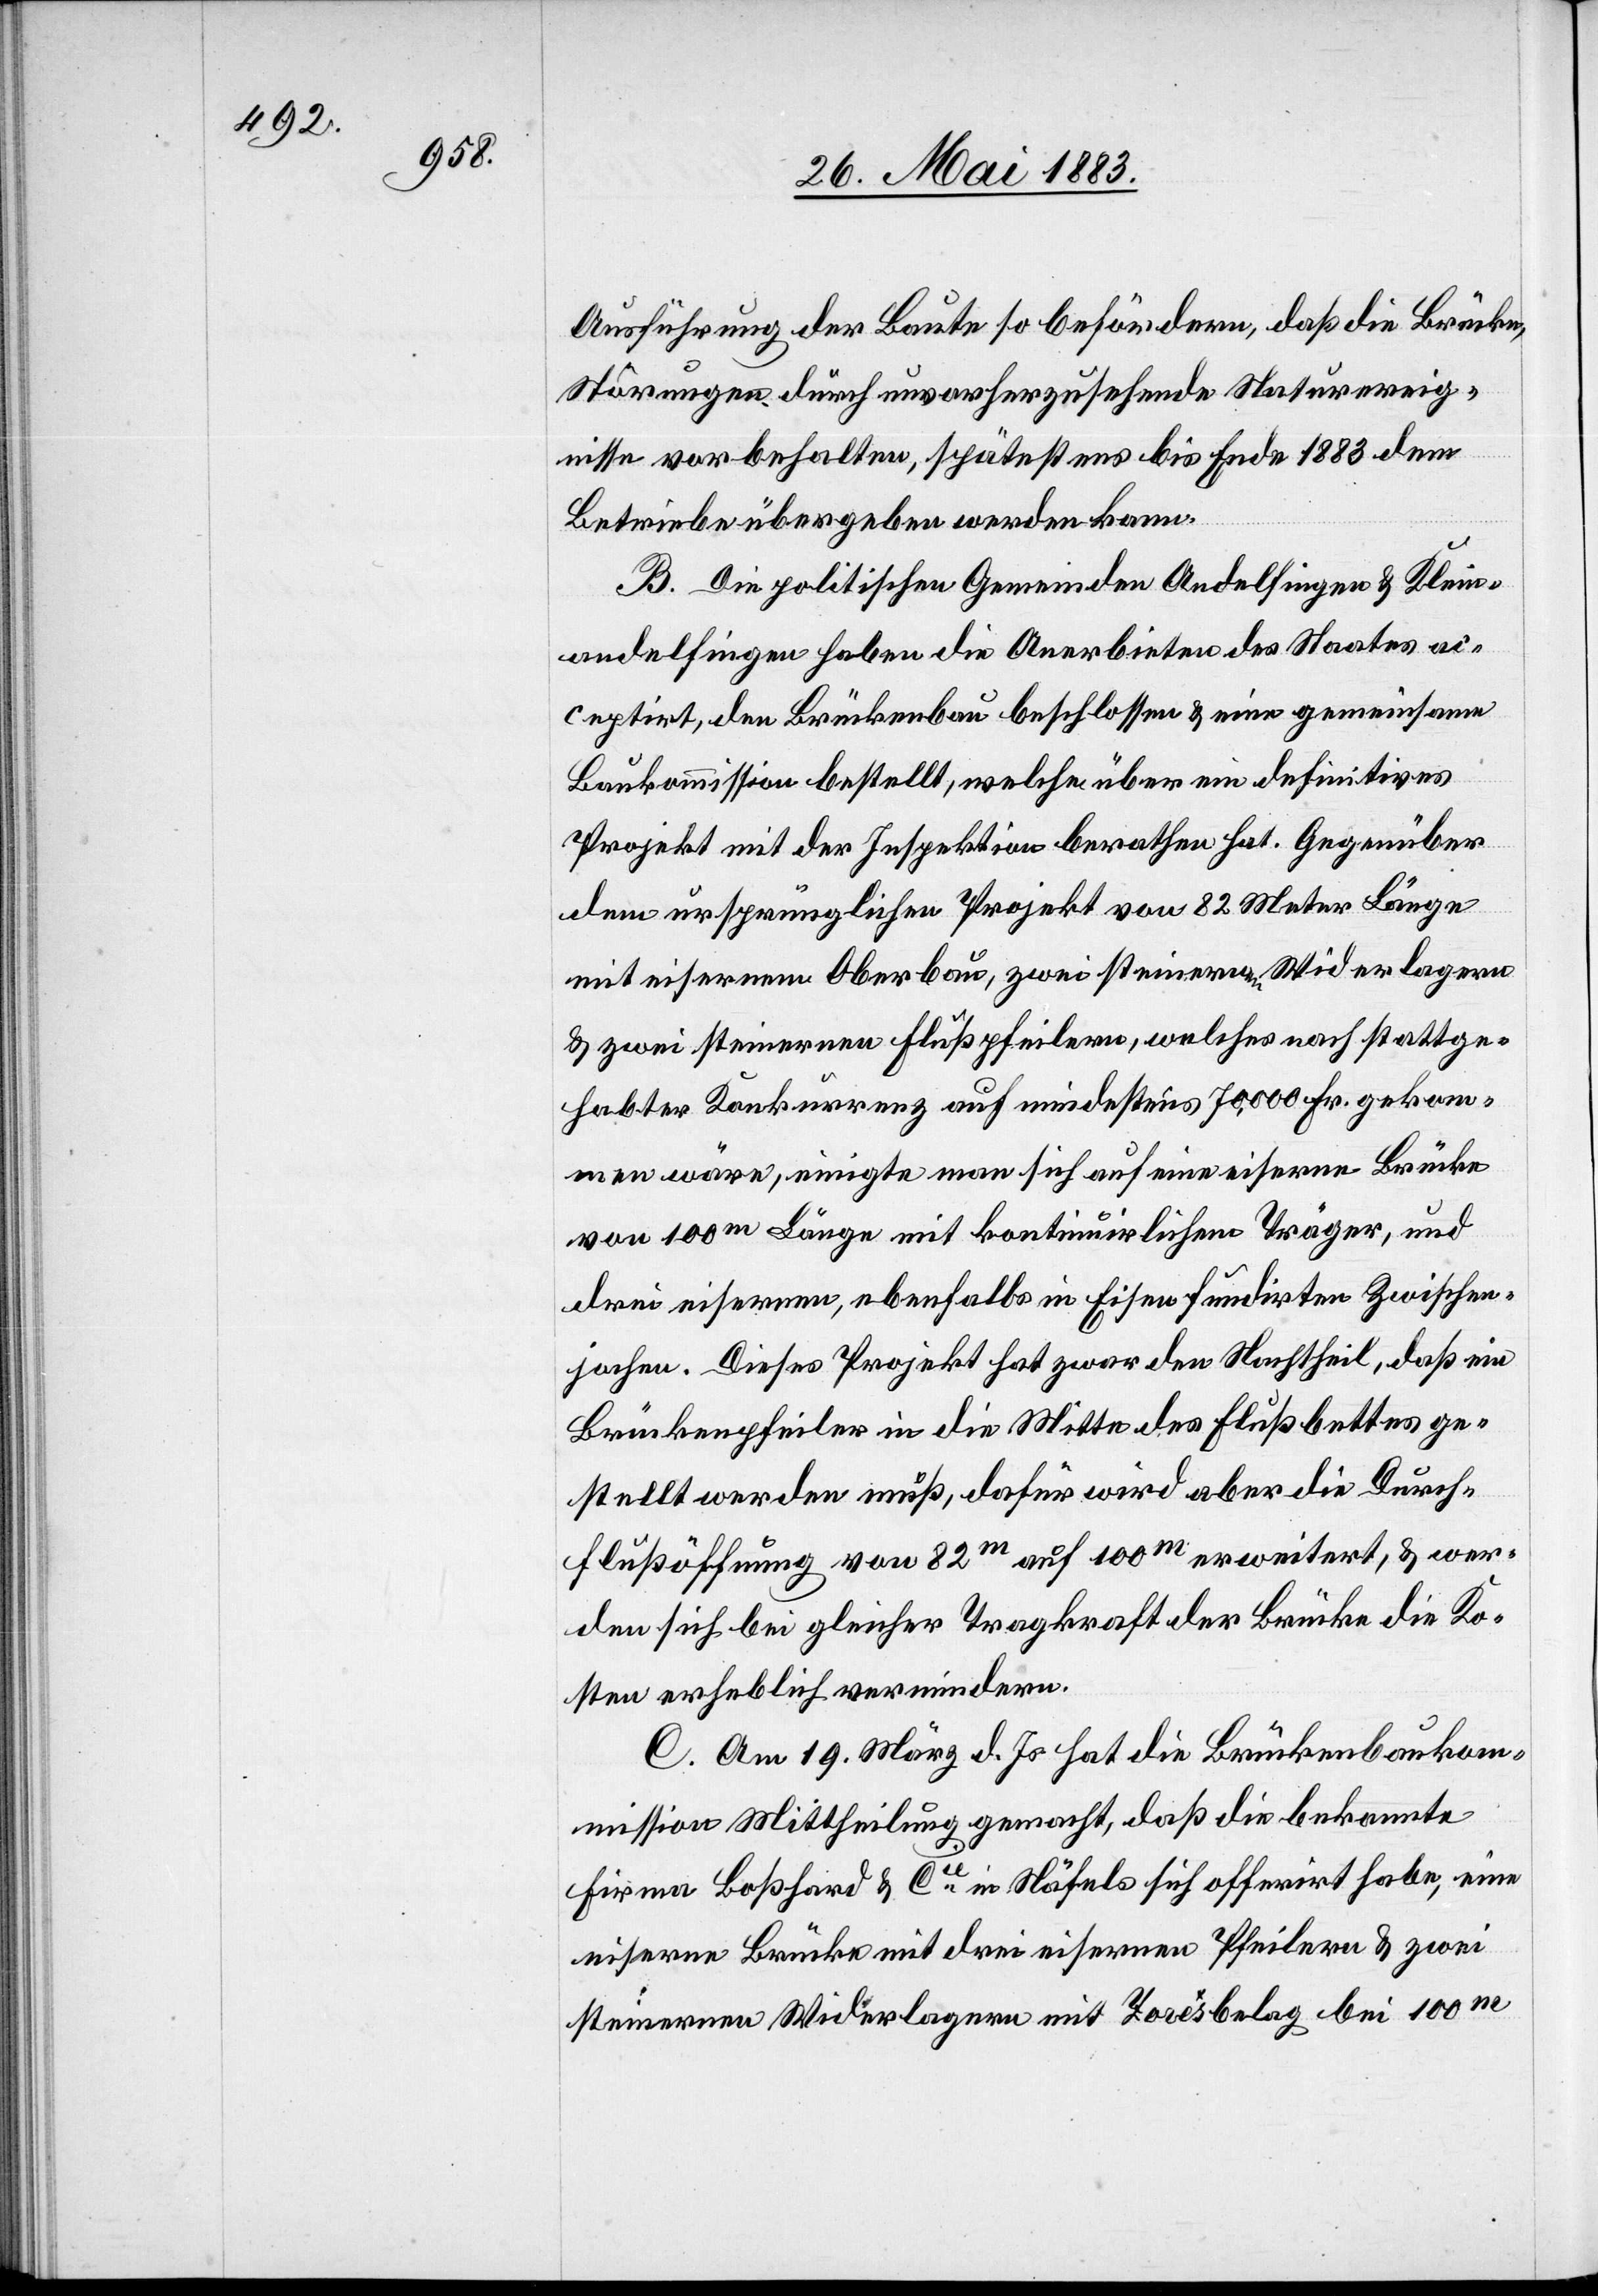
Ausführung der Baute so befördern, daß die Brücke,
Störungen durch unvorherzusehende Naturereig¬
nisse vorbehalten, spätestens bis Ende 1883 dem
Betriebe übergeben werden kann.
B. Die politische Gemeinden Andelfingen & Klein¬
andelfingen haben die Anerbieten des Staates ac¬
ceptirt, den Brückenbau beschlossen & eine gemeinsame
Baukommission bestellt, welche über ein definitives
Projekt mit der Inspektion berathen hat. Gegenüber
dem ursprünglichen Projekt von 82 Meter Länge
mit eisernem Oberbau, zwei steinernen Widerlagern
& zwei steinernen Flußpfeilern, welches nach stattge¬
habter Konkurrenz auf mindestens 70,000 Fr. gekom¬
men wäre, einigte man sich auf eine eiserne Brücke
von 100m Länge mit kontinuierlichem Träger, und
drei eisernen, ebenfalls in Eisen fundirten Zwischen¬
jochen. Dieses Projekt hat zwar den Nachtheil, daß ein
Brückenpfeiler in die Mitte des Flussbettes ge¬
stellt werden muß, dafür wird aber die Durch¬
flußöffnung von 82m auf 100m erweitert, & wer¬
den sich bei gleicher Tragkraft der Brücke die Ko¬
sten erheblich vermindern.
C. Am 19. März d. Js. hat die Brückenbaukom¬
mission Mittheilung gemacht, daß die bekannte
Firma Boßhard & Cie in Näfels sich offerirt habe, eine
eiserne Brücke mit drei eisernen Pfeilern & zwei
steinernen Widerlagern mit Zorèsbelag bei 100m